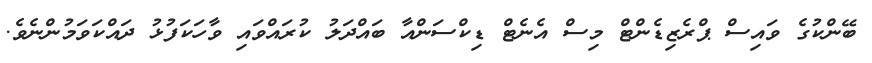
ބޭންކުގެ ވައިސް ޕްރެޒިޑެންޓް މިސް އެނެޓް ޑިކްސަންއާ ބައްދަލު ކުރައްވައި ވާހަކަފުޅު ދައްކަވަމުންނެވެ.